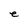
Character: e